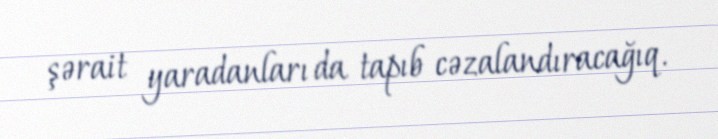
şərait yaradanları da tapıb cəzalandıracağıq.